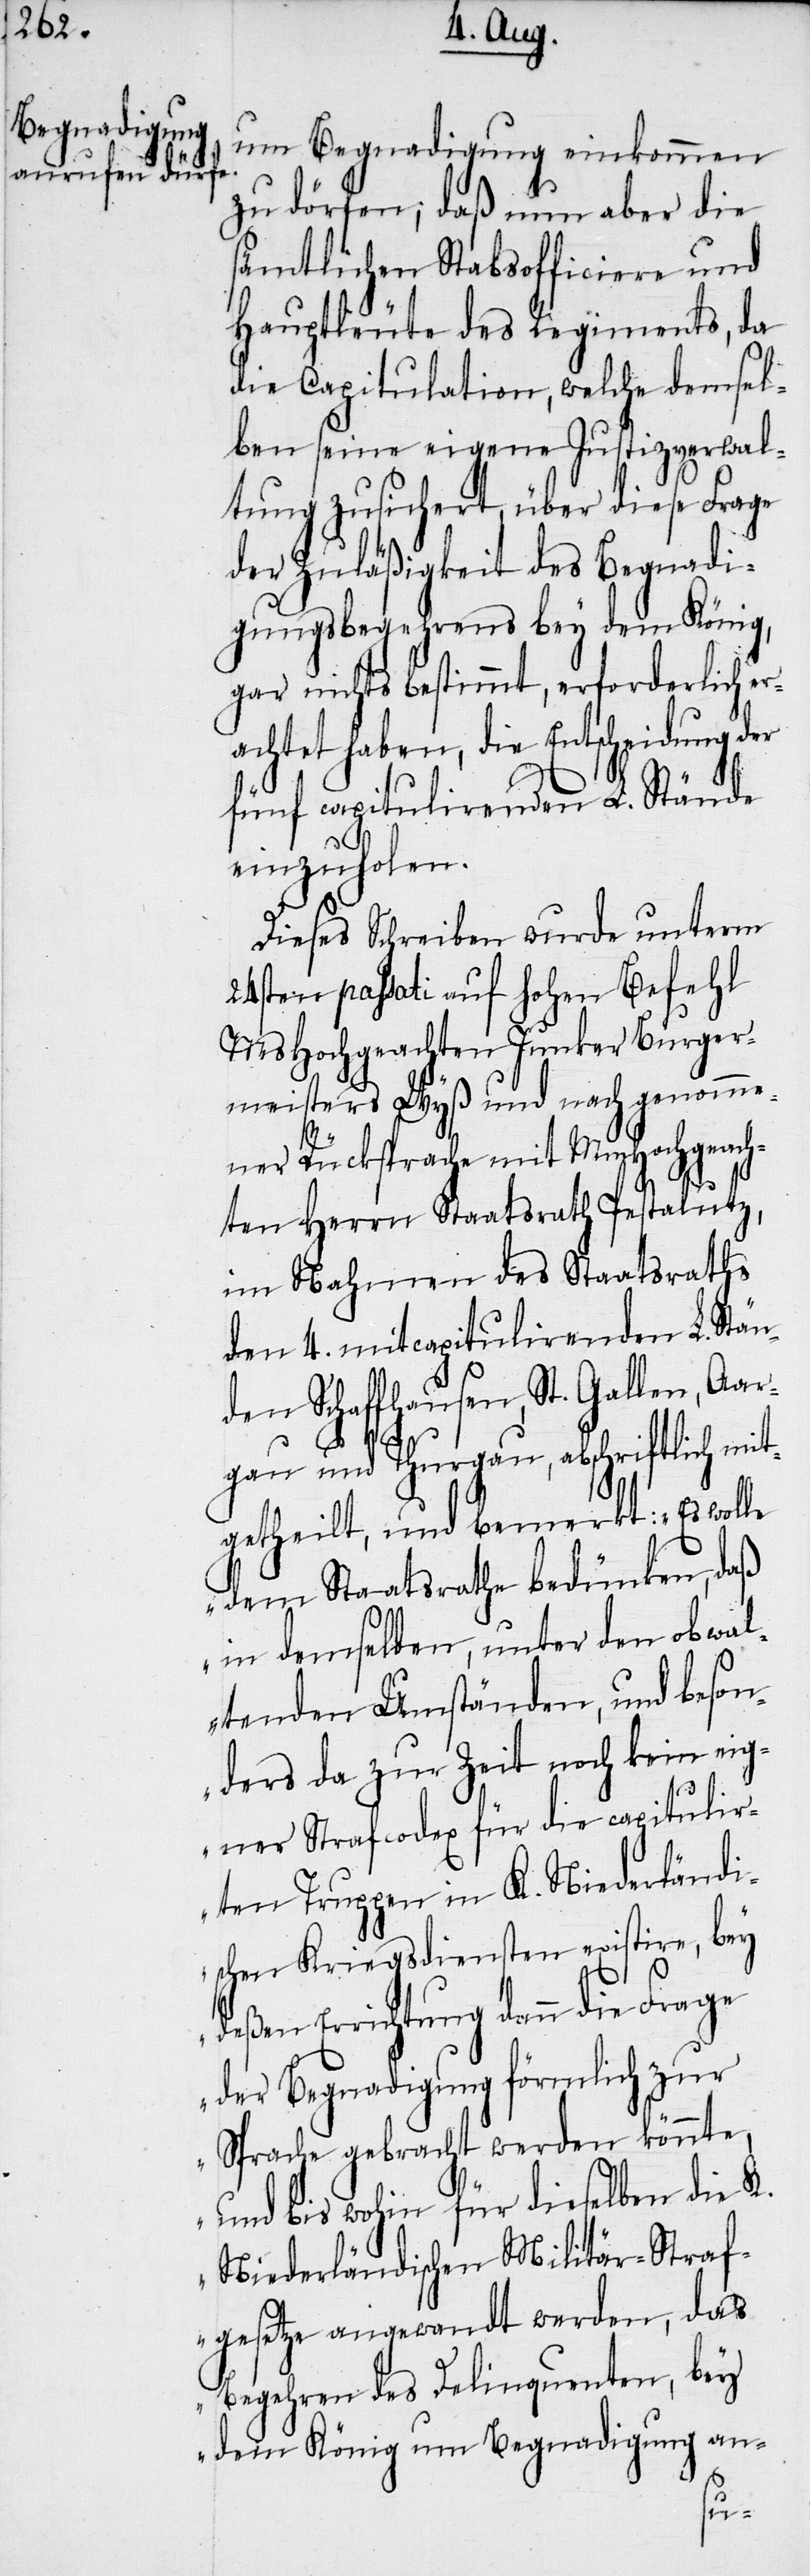
um Begnadigung einkommen
zu dörfen; daß nun aber die
sämtlichen Stabsofficiere und
Hauptleute des Regiments, da
die Capitulation, welche demsel¬
ben seine eigene Justizverwal¬
tung zusichert, über diese Frage
der Zuläßigkeit des Begnadi¬
gungsbegehrens bey dem König,
gar nichts bestimmt, erforderlich er¬
achtet haben, die Entscheidung der
fünf capitulirenden L. Stände
einzuholen.
Dieses Schreiben wurde unterm
24sten passati auf hohen Befehl
MsHochgeachten Junker Burger¬
meisters Wyß und nach genomme¬
ner Rücksprache mit MmHochgeach¬
ten Herrn Staatsrath Pestalutz,
im Nahmen des Staatsraths
den 4. mitcapitulirenden L. Stän¬
den Schaffhausen, St. Gallen, Aar¬
gau und Thurgau, abschriftlich mi¬
tgetheilt, und bemerkt: „Es wolle
dem Staatsrathe bedünken, daß
in demselben, unter den obwalt¬
enden Umständen, und beson¬
ders da zur Zeit noch kein eig¬
ner Strafcodex für die capitulir¬
ten Truppen in K. Niederländi¬
schen Kriegsdiensten existire, bey
deßen Errichtung dann die Frage
der Begnadigung förmlich zur
Sprache gebracht werden könnte,
und bis wohin für dieselben die K.
Niederländischen Militär-Straf¬
gesetze angewandt werden, das
Begehren des Delinquenten, bey
dem König um Begnadigung an-